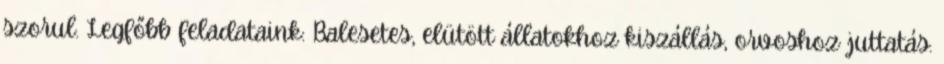
szorul. Legfőbb feladataink: Balesetes, elütött állatokhoz kiszállás, orvoshoz juttatás.